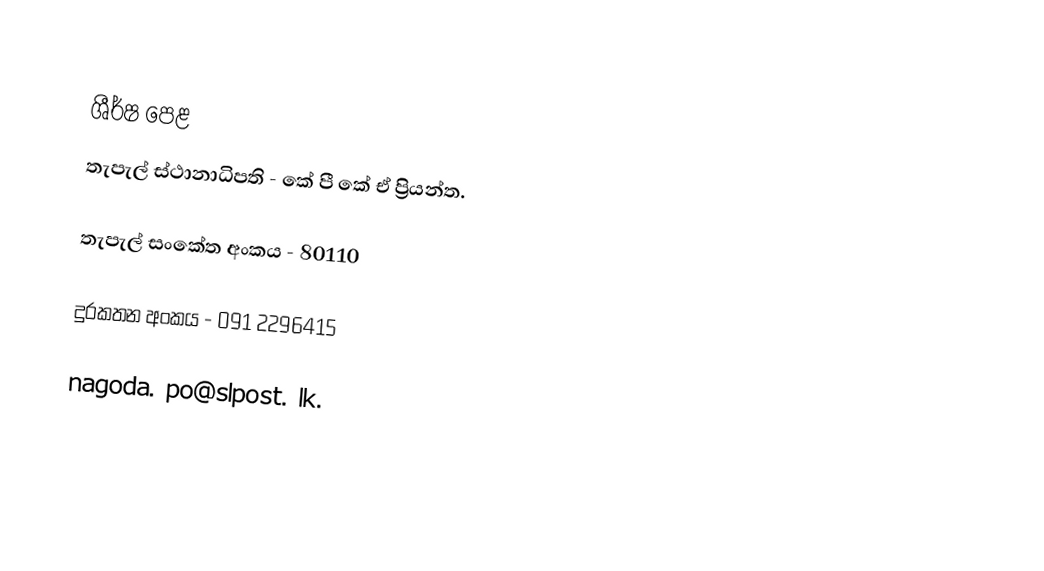

ශීර්ෂ පෙළ
 තැපැල් ස්ථානාධිපති - කේ පී කේ ඒ ප්‍රියන්ත.

තැපැල් සංකේත අංකය - 80110

දුරකතන අංකය - 091 2296415

nagoda. po@slpost. lk.